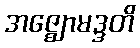
အဇ္ဈောမဒ္ဒတိ